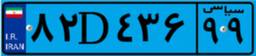
۸۵D۷۲۱۴۵